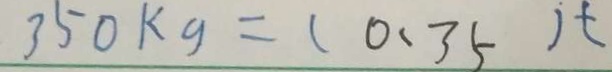
3 5 0 k g = ( 0 . 3 5 ) t